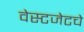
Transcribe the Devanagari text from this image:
वेस्टजेटचे